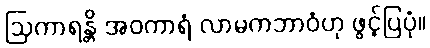
ဩကာရန္တိ အဝကာရံ လာမကဘာဝံဟု ဖွင့်ပြပုံ။